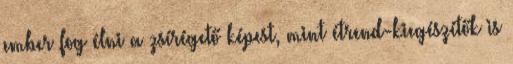
ember fog élni a zsírégető képest, mint étrend-kiegészítők is